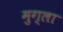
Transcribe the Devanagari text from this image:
मुग्ला